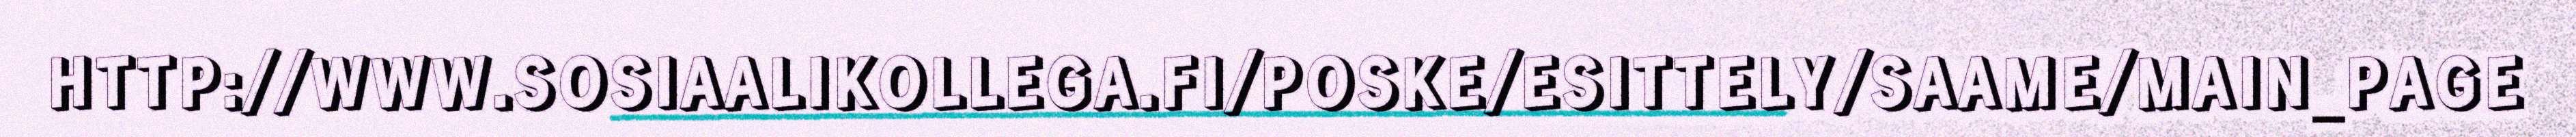
HTTP://WWW.SOSIAALIKOLLEGA.FI/POSKE/ESITTELY/SAAME/MAIN_PAGE